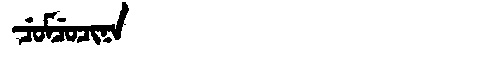
Manchu: ᠴᡠᠮᠴᡠᠴᡳᠨᠠ
Romanization: CUMCUCINA